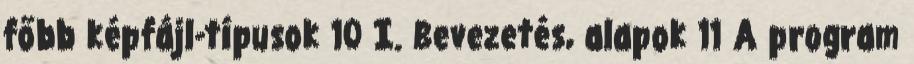
főbb képfájl-típusok 10 I. Bevezetés, alapok 11 A program